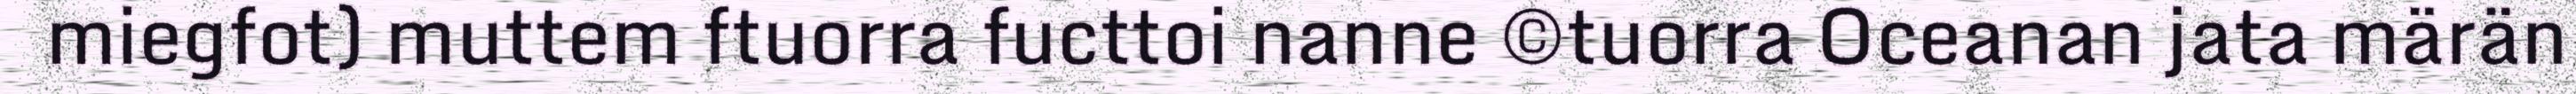
miegfot) muttem ftuorra fucttoi nanne ©tuorra Oceanan jata märän